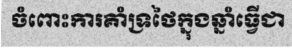
ចំពោះការគាំទ្រថៃក្នុងឆ្នាំធ្វើជា